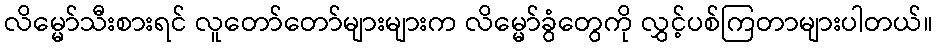
လိမ္မော်သီးစားရင် လူတော်တော်များများက လိမ္မော်ခွံတွေကို လွှင့်ပစ်ကြတာများပါတယ်။